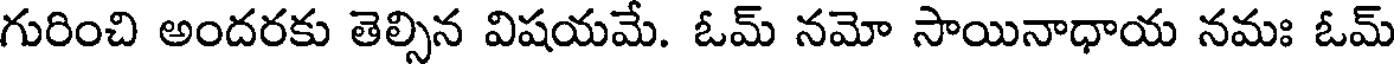
గురించి అందరకు తెల్సిన విషయమే. ఓమ్ నమో సాయినాధాయ నమః ఓమ్